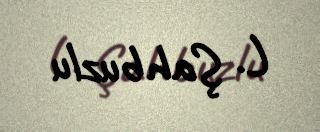
L. Şahbuzlu